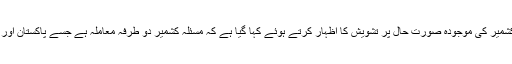
چین کی وزارت خارجہ کی ترجمان کی جانب سے جاری بیان میں کشمیر کی موجودہ صورت حال پر تشویش کا اظہار کرتے ہوئے کہا گیا ہے کہ مسئلہ کشمیر دو طرفہ معاملہ ہے جسے پاکستان اور بھارت کو باہمی رضامندی اور پُرامن طریقے سے حل کرنا چاہیے۔